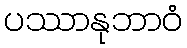
ပဿာနုဘာဝံ